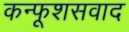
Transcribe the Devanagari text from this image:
कन्फूशसवाद